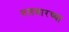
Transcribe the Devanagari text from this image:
तलवारच्या